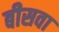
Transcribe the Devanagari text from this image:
बीसवा